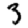
Digit: 3